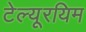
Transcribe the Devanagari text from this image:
टेल्यूरयिम